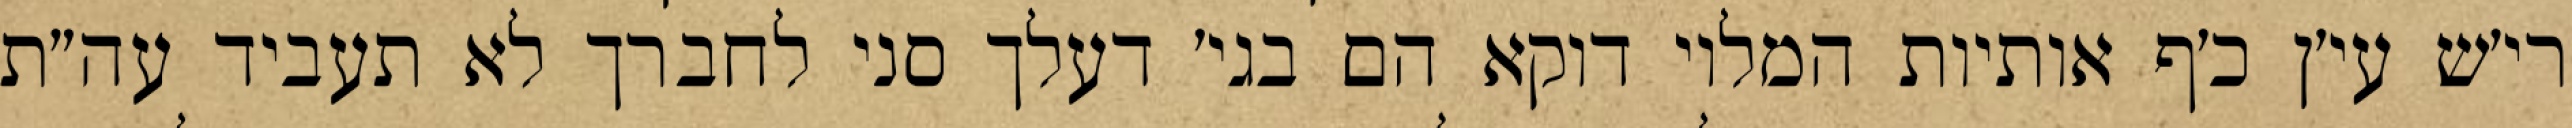
רי׳ש עי׳ן כ׳ף אותיות המלוי דוקא הם בגי׳ דעלך סני לחברך לא תעביד עה״ת